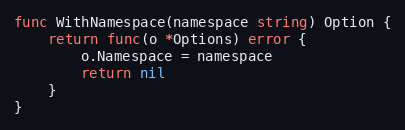
Language: Go
func WithNamespace(namespace string) Option {
	return func(o *Options) error {
		o.Namespace = namespace
		return nil
	}
}